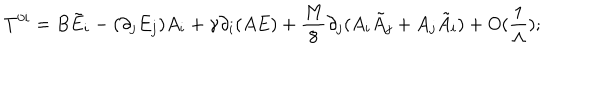
LaTeX: T ^ { 0 i } = B \tilde { E } _ { i } - ( \partial _ { j } E _ { j } ) A _ { i } + \gamma \partial _ { i } ( A E ) + \frac { M } { 8 } \partial _ { j } ( A _ { i } \tilde { A } _ { j } + A _ { j } \tilde { A } _ { i } ) + O ( \frac { 1 } { \Lambda } ) ;